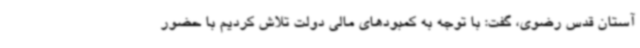
آستان قدس رضوی، گفت: با توجه به کمبودهای مالی دولت تلاش کردیم با حضور